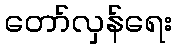
တော်လှန်ရေး